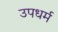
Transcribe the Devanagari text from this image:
उपधर्म